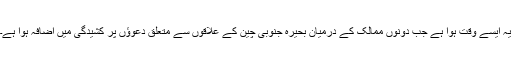
یہ ایسے وقت ہوا ہے جب دونوں ممالک کے درمیان بحیرہ جنوبی چین کے علاقوں سے متعلق دعوؤں پر کشیدگی میں اضافہ ہوا ہے۔